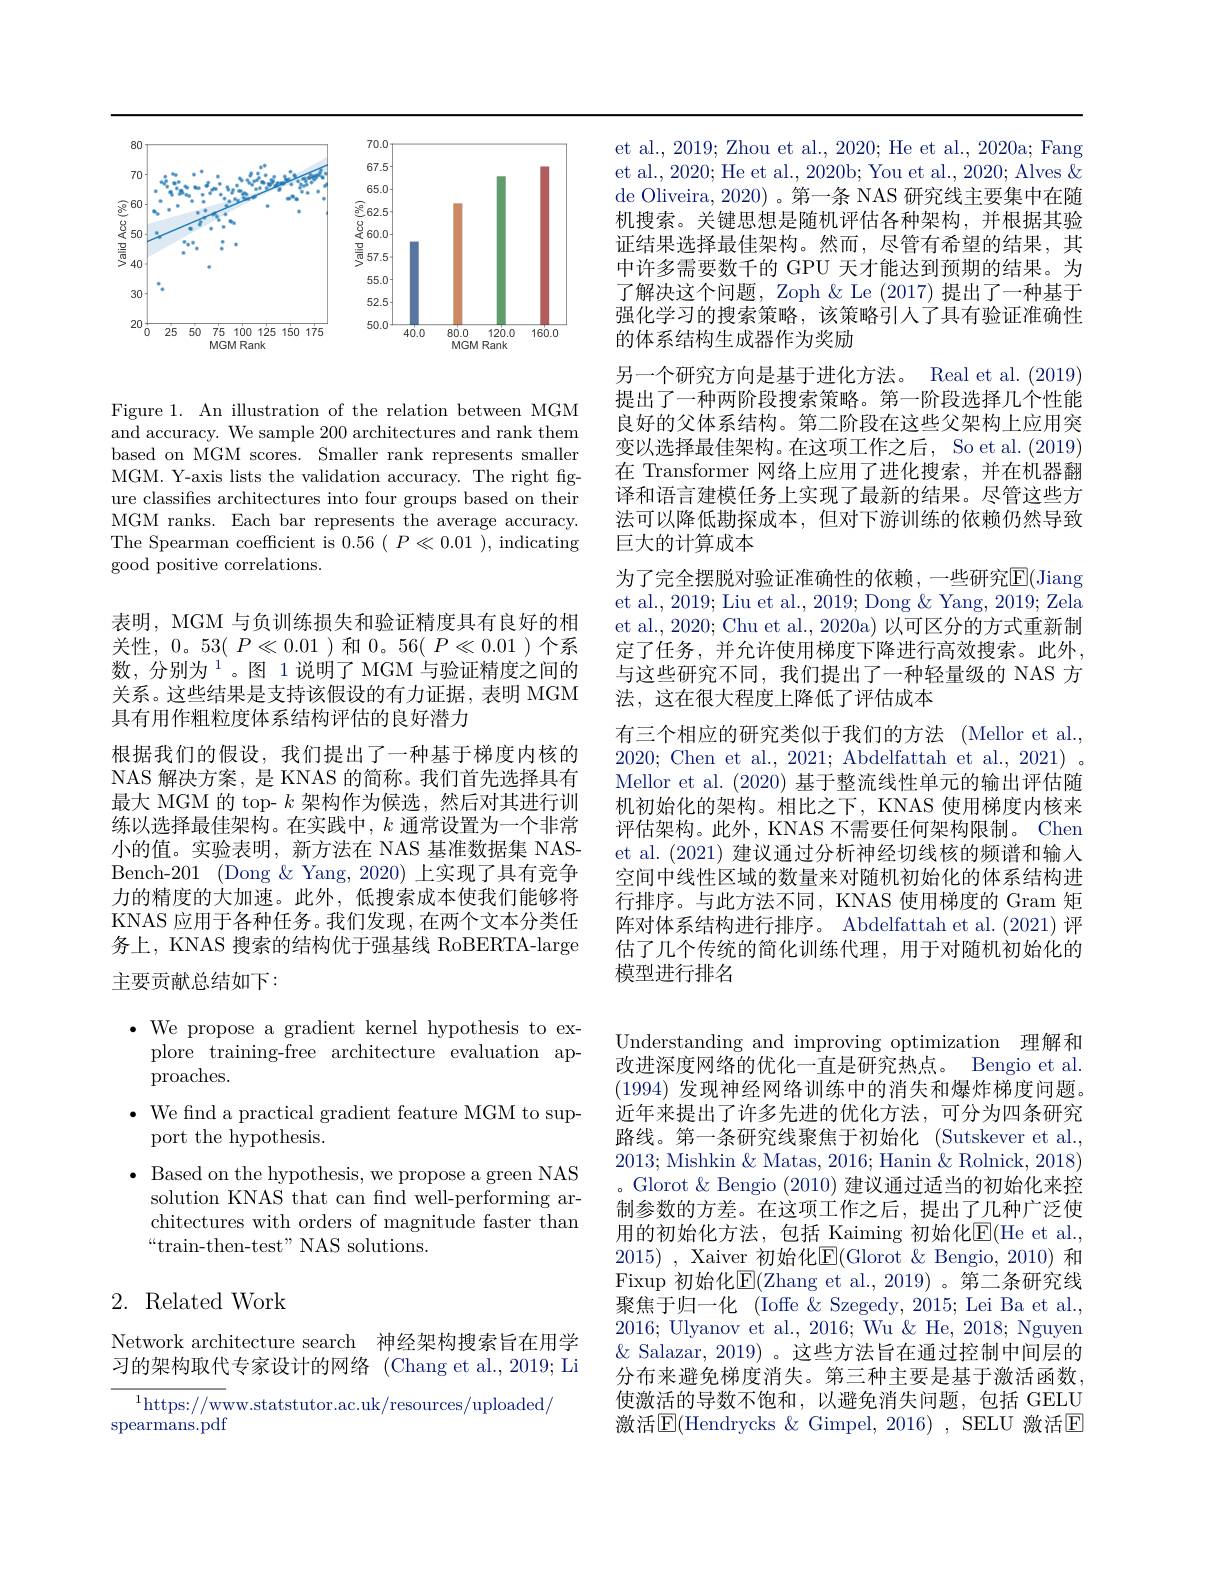
<FigureHere>

Figure 1. An illustration of the relation between MGM and accuracy. We sample 200 architectures and rank them based on MGM scores. Smaller rank represents smaller MGM. Y-axis lists the validation accuracy. The right figure classifies architectures into four groups based on their MGM ranks. Each bar represents the average accuracy. The Spearman coefficient is $0.56(P\ll0.01)$, indicating good positive correlations.

表明，MGM 与负训练损失和验证精度具有良好的相关性，0。53( $P\ll0.01$)和0。56( $P\ll0.01$ )个系数，分别为$^{1}$。图 1说明了 MGM 与验证精度之间的关系。这些结果是支持该假设的有力证据，表明 MGM 具有用作粗粒度体系结构评估的良好潜力
根据我们的假设，我们提出了一种基于梯度内核的NAS 解决方案，是 KNAS 的简称。我们首先选择具有最大 MGM 的 top- $k$架构作为候选，然后对其进行训练以选择最佳架构。在实践中，$k$通常设置为一个非常小的值。实验表明，新方法在 NAS 基准数据集 NASBench-201 (Dong &Yang, 2020) 上实现了具有竞争力的精度的大加速。此外，低搜索成本使我们能够将KNAS 应用于各种任务。我们发现，在两个文本分类任务上，KNAS 搜索的结构优于强基线 RoBERTA-large 主要贡献总结如下：

$\bullet$ We propose a gradient kernel hypothesis to ex-
plore training-free architecture evaluation ap-
${\mathrm{proaches.}}$
$\bullet$ We find a practical gradient feature MGM to sup-
port the hypothesis.
$\bullet$ Based on the hypothesis, we propose a green NAS
solution KNAS that can fınd well-performing architectures with orders of magnitude faster than “train-then-test" NAS solutions.

## 2. Related Work

Network architecture search 神经架构搜索旨在用学习的架构取代专家设计的网络 (Chang et al.,2019; Li

$^{1}$https://www.statstutor.ac.uk/resources/uploaded/
spearmans.pdf

et al., 2019; Zhou et al., 2020; He et al., 2020a; Fang et al., 2020; He et al., 2020b; You et al., 2020; Alves & de Oliveira, 2020) 。第一条 NAS 研究线主要集中在随机搜索。关键思想是随机评估各种架构，并根据其验证结果选择最佳架构。然而，尽管有希望的结果，其中许多需要数千的 GPU 天才能达到预期的结果。为了解决这个问题，Zoph & Le (2017) 提出了一种基于强化学习的搜索策略，该策略引人了具有验证准确性的体系结构生成器作为奖励
另一个研究方向是基于进化方法。Real et al. (2019) 提出了一种两阶段搜索策略。第一阶段选择几个性能良好的父体系结构。第二阶段在这些父架构上应用突变以选择最佳架构。在这项工作之后，So et al.(2019) 在 Transformer 网络上应用了进化搜索，并在机器翻译和语言建模任务上实现了最新的结果。尽管这些方法可以降低勘探成本，但对下游训练的依赖仍然导致巨大的计算成本
为了完全摆脱对验证准确性的依赖 ,一些研究$\mathbb{E}($Jiang et al., 2019; Liu et al., 2019; Dong & Yang, 2019; Zela et al., 2020; Chu et al., 2020a) 以可区分的方式重新制定了任务，并允许使用梯度下降进行高效搜索。此外， 与这些研究不同，我们提出了一种轻量级的 NAS 方法，这在很大程度上降低了评估成本
有三个相应的研究类似于我们的方法 (Mellor et al., 2020; Chen et al., 2021; Abdelfattah et al., 2021) 。Mellor et al. (2020) 基于整流线性单元的输出评估随机初始化的架构。相比之下，KNAS 使用梯度内核来评估架构。此外，KNAS 不需要任何架构限制。Chen et al. (2021) 建议通过分析神经切线核的频谱和输人空间中线性区域的数量来对随机初始化的体系结构进行排序。与此方法不同，KNAS 使用梯度的 Gram 矩阵对体系结构进行排序。Abdelfattah et al.(2021)评估了几个传统的简化训练代理，用于对随机初始化的模型进行排名

Understanding and improving optimization 理解和改进深度网络的优化一直是研究热点。Bengio et al. (1994)发现神经网络训练中的消失和爆炸梯度问题。近年来提出了许多先进的优化方法，可分为四条研究路线。第一条研究线聚焦于初始化 (Sutskever et al., 2013; Mishkin & Matas, 2016; Hanin & Rolnick, 2018) 。Glorot & Bengio (2010) 建议通过适当的初始化来控制参数的方差。在这项工作之后，提出了几种广泛使用的初始化方法，包括 Kaiming 初始化E$( He et al. $, 2015) , Xaiver 初始化$\underline{\mathrm{E}}($Glorot &Bengio, 2010) 和Fixup 初始化E(Zhang et al., 2019)。第二条研究线聚焦于归一化 (Ioffe &Szegedy, 2015; Lei Ba et al., 2016; Ulyanov et al., 2016; Wu & He, 2018; Nguyen $\&$ Salazar, 2019) 。这些方法旨在通过控制中间层的分布来避免梯度消失。第三种主要是基于激活函数， 使激活的导数不饱和，以避免消失问题，包括 GELU 激活$\operatorname{E}($Hendrycks $\&$ Gimpel, 2016) , SELU 激活$\operatorname{E}$